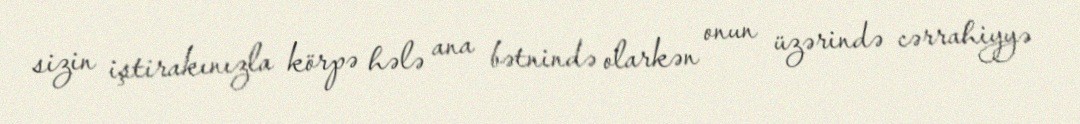
sizin iştirakınızla körpə hələ ana bətnində olarkən onun üzərində cərrahiyyə